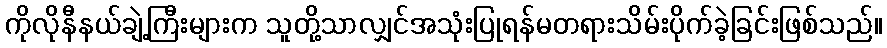
ကိုလိုနီနယ်ချဲ့ကြီးများက သူတို့သာလျှင်အသုံးပြုရန်မတရားသိမ်းပိုက်ခဲ့ခြင်းဖြစ်သည်။